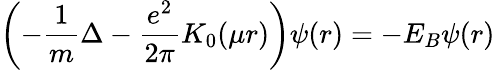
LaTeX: \left(-\frac{1}{m}\Delta-\frac{e^{2}}{2\pi}K_{0}(\mu r)\right)\psi(r)=-E_{B}\psi(r)